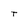
Character: T